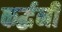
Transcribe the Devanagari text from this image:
कर्द्धनी